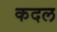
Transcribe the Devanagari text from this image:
कदल